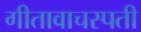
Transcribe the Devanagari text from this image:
गीतावाचस्पती